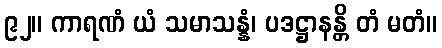
၉၂။ ကာရဏံ ယံ သမာသန္နံ၊ ပဒဋ္ဌာနန္တိ တံ မတံ။